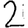
Digit: 2